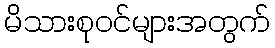
မိသားစုဝင်များအတွက်